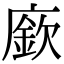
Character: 廞